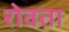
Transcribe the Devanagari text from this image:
रोवता